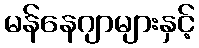
မန်နေဂျာများနှင့်